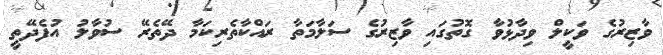
ވާޒިރުގެ ވަކީލް ވިދާޅުވާ ގޮތުގައި ވާޒިރުގެ ސަލާމަތާ ރައްކާތެރިކަމާ ދޭތެރޭ ސުވާލު އުފެދޭތީ